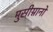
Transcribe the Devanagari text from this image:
मुसीग्नानो